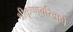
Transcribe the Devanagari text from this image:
श्रीकृष्णचरित्राचे